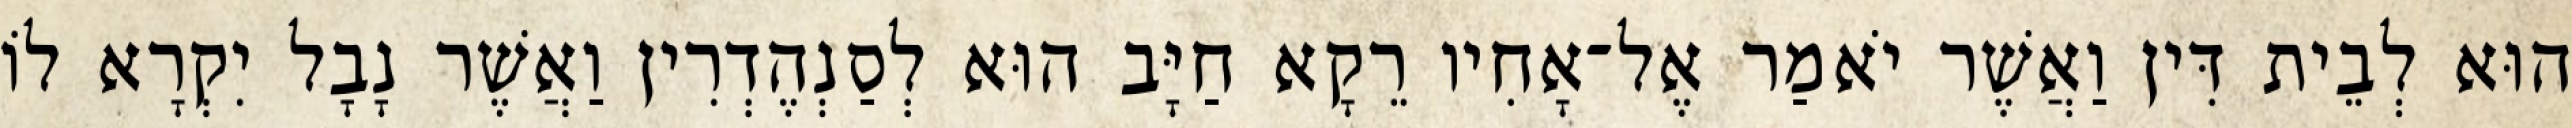
הוּא לְבֵית דִּין וַאֲשֶׁר יֹאמַר אֶל־אָחִיו רֵקָא חַיָּב הוּא לְסַנְהֶדְרִין וַאֲשֶׁר נָבָל יִקְרָא לוֹ